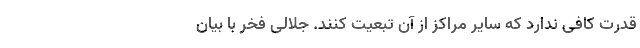
قدرت کافی ندارد که سایر مراکز از آن تبعیت کنند. جلالی فخر با بیان